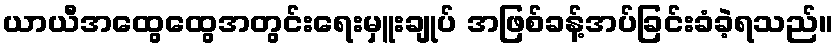
ယာယီအထွေထွေအတွင်းရေးမှူးချုပ် အဖြစ်ခန့်အပ်ခြင်းခံခဲ့ရသည်။